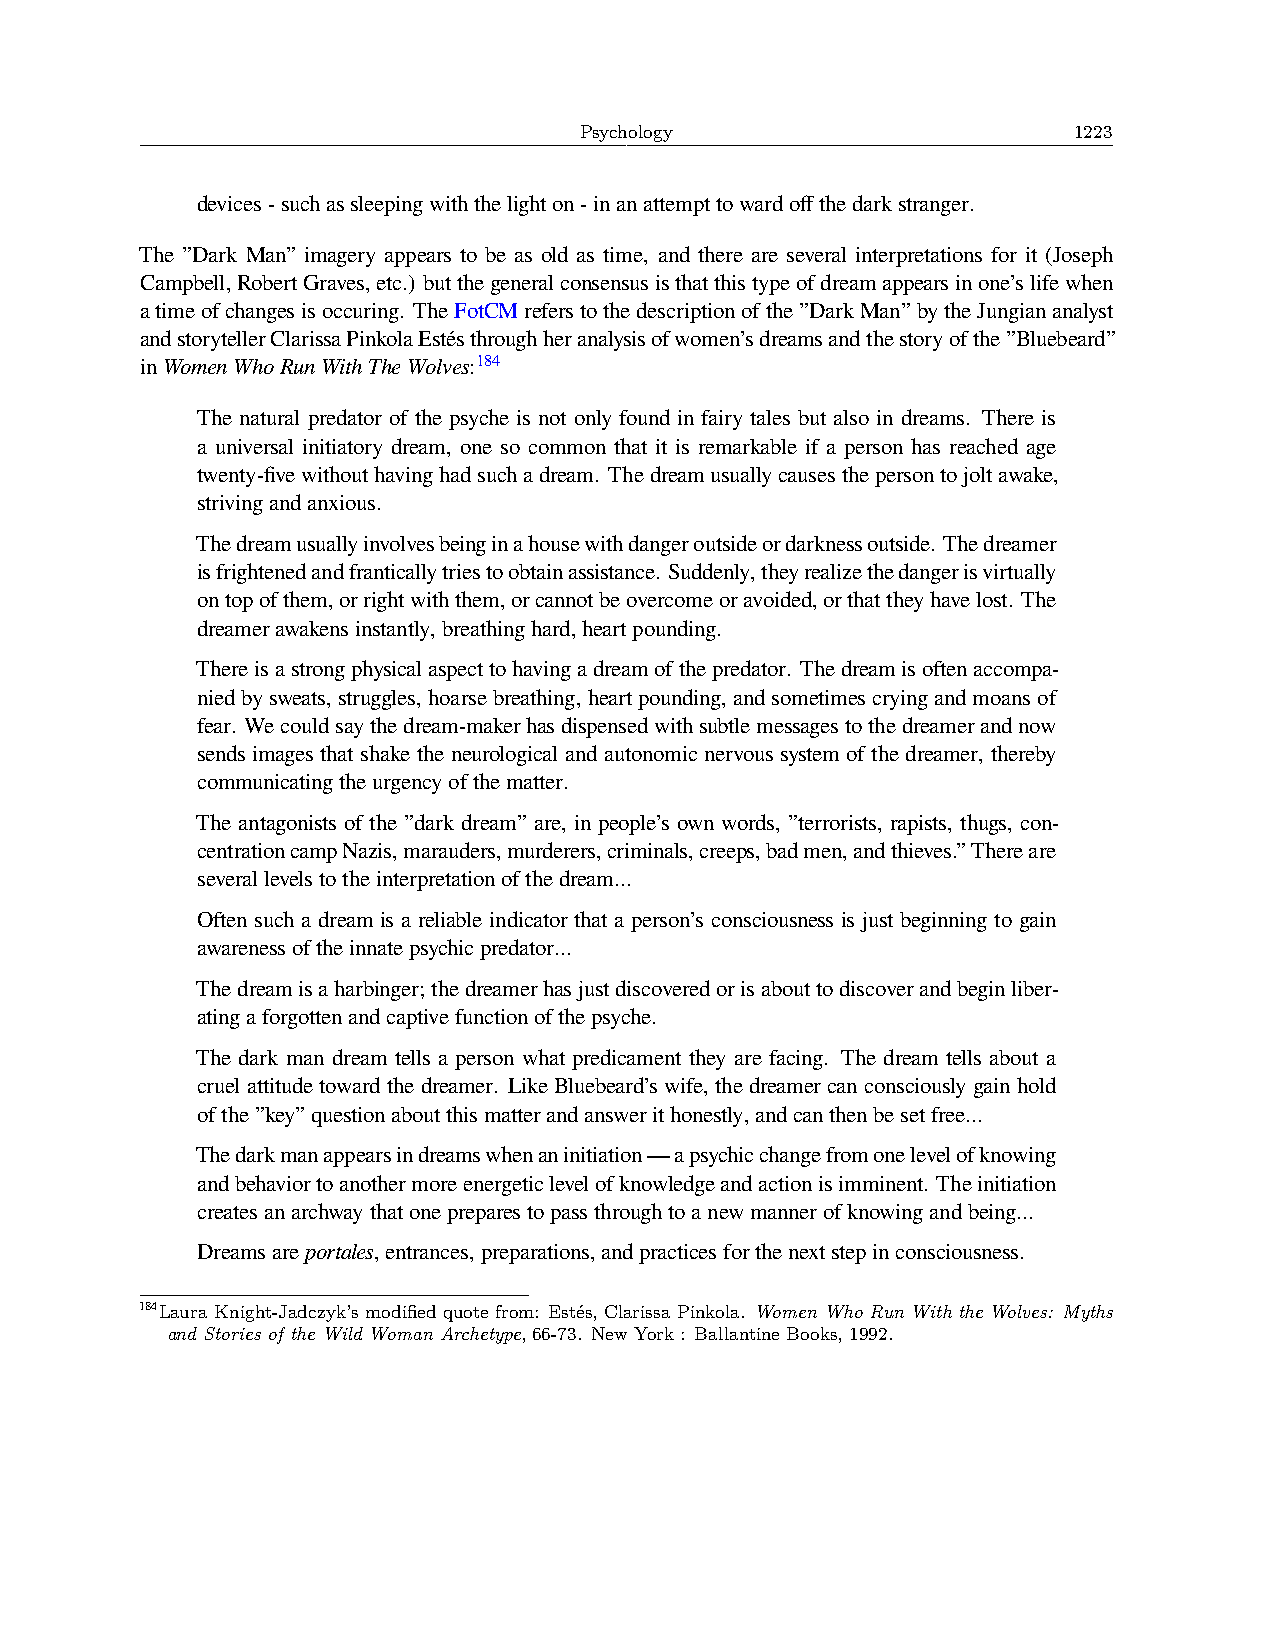
Psychology                       1223
 devices-suchassleepingwiththelighton-inanattempttowardoffthedarkstranger.
 The ”Dark Man” imagery appears to be as old as time, and there are several interpretations for it (Joseph
 Campbell,RobertGraves,etc.) butthegeneralconsensusisthatthistypeofdreamappearsinone’slifewhen
 atimeofchangesisoccuring. TheFotCMreferstothedescriptionofthe”DarkMan”bytheJungiananalyst
 andstorytellerClarissaPinkolaEstésthroughheranalysisofwomen’sdreamsandthestoryofthe”Bluebeard”
 inWomenWhoRunWithTheWolves:184
 The natural predator of the psyche is not only found in fairy tales but also in dreams. There is
 a universal initiatory dream, one so common that it is remarkable if a person has reached age
 twenty-fivewithouthavinghadsuchadream. Thedreamusuallycausesthepersontojoltawake,
 strivingandanxious.
 Thedreamusuallyinvolvesbeinginahousewithdangeroutsideordarknessoutside. Thedreamer
 isfrightenedandfranticallytriestoobtainassistance. Suddenly,theyrealizethedangerisvirtually
 ontopofthem,orrightwiththem,orcannotbeovercomeoravoided,orthattheyhavelost. The
 dreamerawakensinstantly,breathinghard,heartpounding.
 Thereisastrongphysicalaspecttohavingadreamofthepredator. Thedreamisoftenaccompa-
 niedbysweats,struggles,hoarsebreathing,heartpounding,andsometimescryingandmoansof
 fear. Wecouldsaythedream-makerhasdispensedwithsubtlemessagestothedreamerandnow
 sends images that shake the neurological and autonomic nervous system of the dreamer, thereby
 communicatingtheurgencyofthematter.
 The antagonists of the ”dark dream” are, in people’s own words, ”terrorists, rapists, thugs, con-
 centrationcampNazis,marauders,murderers,criminals,creeps,badmen,andthieves.”Thereare
 severallevelstotheinterpretationofthedream...
 Often such a dream is a reliable indicator that a person’s consciousness is just beginning to gain
 awarenessoftheinnatepsychicpredator...
 Thedreamisaharbinger;thedreamerhasjustdiscoveredorisabouttodiscoverandbeginliber-
 atingaforgottenandcaptivefunctionofthepsyche.
 The dark man dream tells a person what predicament they are facing. The dream tells about a
 cruelattitudetowardthedreamer. LikeBluebeard’swife, thedreamercanconsciouslygainhold
 ofthe”key”questionaboutthismatterandanswerithonestly,andcanthenbesetfree...
 Thedarkmanappearsindreamswhenaninitiation—apsychicchangefromonelevelofknowing
 andbehaviortoanothermoreenergeticlevelofknowledgeandactionisimminent. Theinitiation
 createsanarchwaythatonepreparestopassthroughtoanewmannerofknowingandbeing...
 Dreamsareportales,entrances,preparations,andpracticesforthenextstepinconsciousness.
 184LauraKnight-Jadczyk ’smodifiedquotefrom: Estés,ClarissaPinkola. Women Who Run With the Wolves: Myths
 and Stories of the Wild Woman Archetype, 66-73. New York : Ballantine Books, 1992.